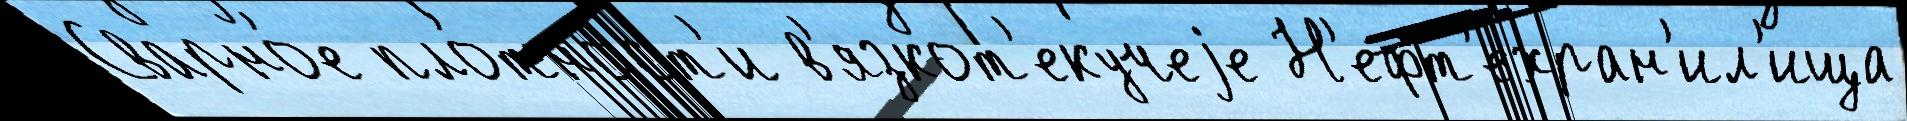
Сварно́е пло́тност'и в'язкот'екучеjе Н'ефт'ехран'ил'ища